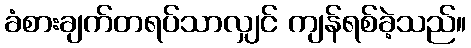
ခံစားချက်တရပ်သာလျှင် ကျန်ရစ်ခဲ့သည်။